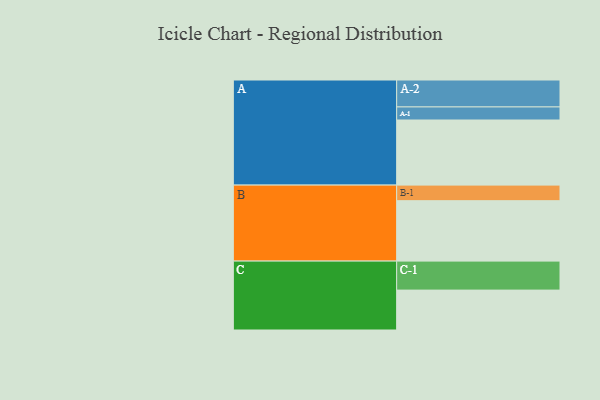
{"axis": {"x": "Segment", "y": "Value"}, "legend": ["", "A", "B", "C"], "data": [{"x": "A", "y": 597, "type": ""}, {"x": "B", "y": 554, "type": ""}, {"x": "C", "y": 366, "type": ""}, {"x": "A-1", "y": 120, "type": "A"}, {"x": "A-2", "y": 247, "type": "A"}, {"x": "B-1", "y": 143, "type": "B"}, {"x": "C-1", "y": 266, "type": "C"}]}